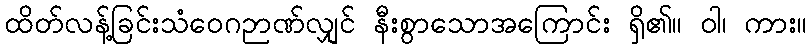
ထိတ်လန့်ခြင်းသံဝေဂဉာဏ်လျှင် နီးစွာသောအကြောင်း ရှိ၏။ ဝါ၊ ကား။